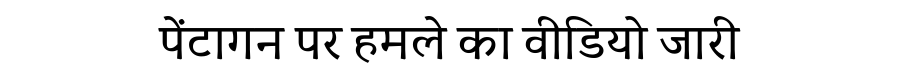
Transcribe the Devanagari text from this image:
पेंटागन पर हमले का वीडियो जारी